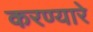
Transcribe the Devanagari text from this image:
करण्यारे